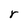
Character: r